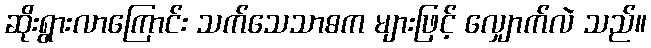
ဆိုးရွားလာကြောင်း သက်သေသာဓက များဖြင့် လျှောက်လဲ သည်။